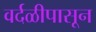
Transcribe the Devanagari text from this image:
वर्दळीपासून